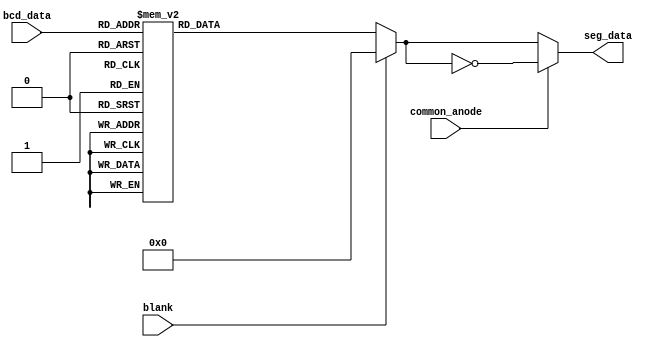
// Name: trans_seg
// Description: Translate the bcd data to seg input data format.

module trans_seg(bcd_data, blank, common_anode, seg_data);

	input blank;
	input common_anode;
	input [3:0] bcd_data;
	output [0:6] seg_data;
	
	reg [0:6] seg_data;

	always @(bcd_data or blank or common_anode)
	begin
		seg_data = 7'b000_0000;
		case (bcd_data)
			0:	seg_data = 7'b111_1110;
			1:	seg_data = 7'b011_0000;
			2:	seg_data = 7'b110_1101;
			3:	seg_data = 7'b111_1001;
			4:	seg_data = 7'b011_0011;
			5:	seg_data = 7'b101_1011;
			6:	seg_data = 7'b001_1111;
			7:	seg_data = 7'b111_0000;
			8:	seg_data = 7'b111_1111;
			9:	seg_data = 7'b111_0011;
		endcase

		if (blank == 1'b1)
			seg_data = 7'b000_0000;
		if (common_anode == 1'b1)
			seg_data = ~seg_data;
	end

endmodule